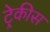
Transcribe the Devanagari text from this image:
ट्रेकीस